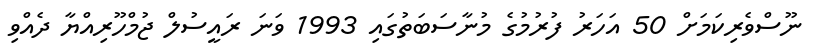
ނޫސްވެރިކަމަށް 50 އަހަރު ފުރުމުގެ މުނާސަބަތުގައި 1993 ވަނަ ރައީސުލް ޖުމްހޫރިއްޔާ ދެއްވި